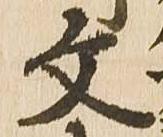
文